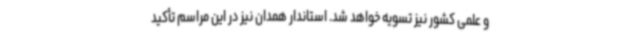
و علمی کشور نیز تسویه خواهد شد. استاندار همدان نیز در این مراسم تأکید